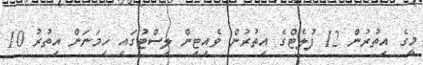
މީގެ އިތުރުން 12 ފުލެޓްގެ އިތުރުން ވެއިޓިން ލިސްޓުގައި ހިމަނަން އިތުރު 10